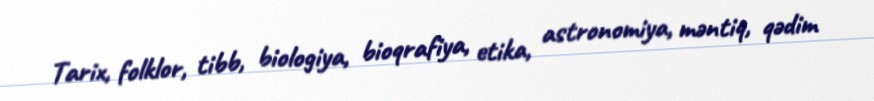
Tarix, folklor, tibb, biologiya, bioqrafiya, etika, astronomiya, məntiq, qədim